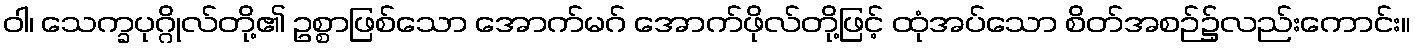
ဝါ၊ သေက္ခပုဂ္ဂိုလ်တို့၏ ဥစ္စာဖြစ်သော အောက်မဂ် အောက်ဖိုလ်တို့ဖြင့် ထုံအပ်သော စိတ်အစဉ်၌လည်းကောင်း။